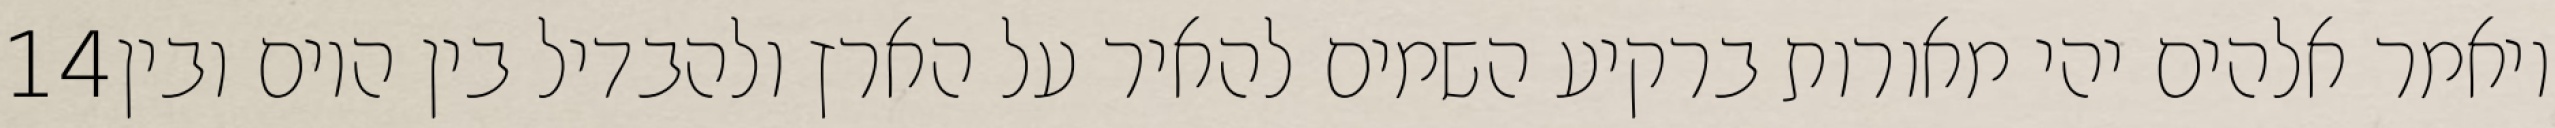
‎14‏ ויאמר אלהים יהי מאורות ברקיע השמים להאיר על הארץ ולהבדיל בין היום ובין